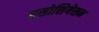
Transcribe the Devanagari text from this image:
एसोशियेसन